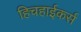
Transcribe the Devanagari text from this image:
हिचहाईकर्स